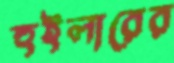
হুইলারের